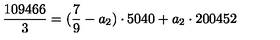
\frac { 1 0 9 4 6 6 } { 3 } = ( \frac { 7 } { 9 } - a _ { 2 } ) \cdot 5 0 4 0 + a _ { 2 } \cdot 2 0 0 4 5 2